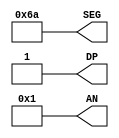
`timescale 1ns / 1ps
//////////////////////////////////////////////////////////////////////////////////
// Company: 
// Engineer: 
// 
// Design Name: 
// Module Name: seven_segment
// Project Name: 
// Target Devices: 
// Tool Versions: 
// Description: 
// 
// Dependencies: 
// 
// Revision:
// Revision 0.01 - File Created
// Additional Comments:
// 
//////////////////////////////////////////////////////////////////////////////////


module seven_segment(
    output [6:0] SEG,
    output DP,
    output [3:0] AN
    );
    
    assign SEG = 8'b1101010;
    assign DP = 1;
    assign AN = 4'b0001;
endmodule